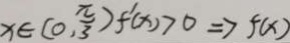
x \in ( 0 , \frac { \pi } { 3 } ) f ^ { \prime } ( x ) > 0 \Rightarrow f ( x )